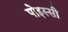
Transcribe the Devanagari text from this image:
पोइस्सी